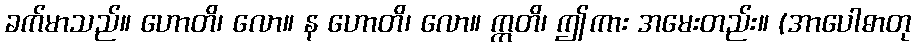
ခက်မာသည်။ ဟောတိ၊ လော။ န ဟောတိ၊ လော။ ဣတိ၊ ဤကား အမေးတည်း။ (အာပေါဓာတု